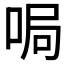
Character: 𫪐